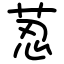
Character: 荵